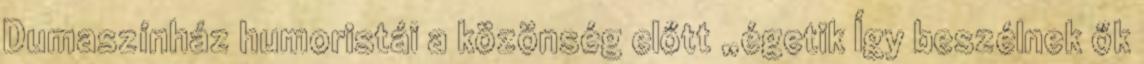
Dumaszínház humoristái a közönség előtt „égetik Így beszélnek ők